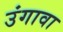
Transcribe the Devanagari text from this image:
उंगावा